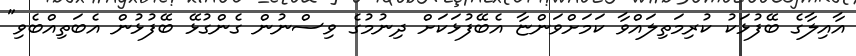
އާއިލާގެ ބޭފުޅަކު ކުރިމަތިލައްވާ ކަމަށްވަންޏާ އެބޭފުޅަކަށް ދިނުމުގެ ވިސްނުން ގެންގުޅޭ ބޭފުޅުން އެބަތިއްބެވި"